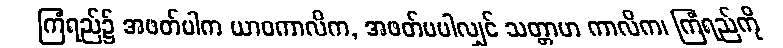
ကြံရည်၌ အဖတ်ပါက ယာဝကာလိက, အဖတ်မပါလျှင် သတ္တာဟ ကာလိက၊ ကြံရည်ကို